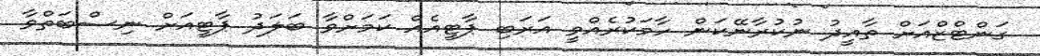
ގަންޓްޒްއަށް ތާއީދު ނުކުރާނޭކަން ހާމަކުރެއްވީ އަރަބި ޕާޓީއެއް ކަމަށްވާ ބަލަދު ޕާޓީއަށް ނިސްބަތްވާ